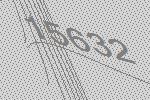
15632